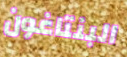
البنتاغون